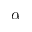
\alpha